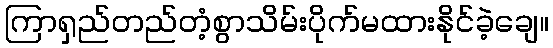
ကြာရှည်တည်တံ့စွာသိမ်းပိုက်မထားနိုင်ခဲ့ချေ။